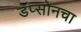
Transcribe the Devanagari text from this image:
डॅप्सोनचा